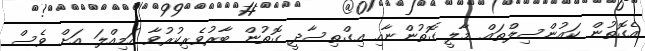
އެގޮތުން ކައުންސިލްތައް މާލީ ގޮތުންނާއި އިގްތިސާދީ ގޮތުން ބާރުވެރިކުރުވާ އަމިއްލަ އަށް ވެސް